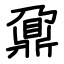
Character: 鼐